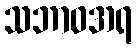
သဘာဝအရ